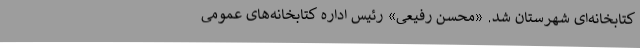
کتابخانه‌ای شهرستان شد. «محسن رفیعی» رئیس اداره کتابخانه‌های عمومی